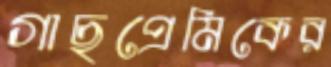
গাছপ্রেমিকের